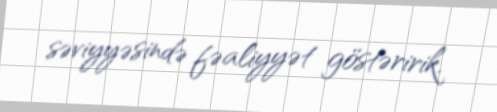
səviyyəsində fəaliyyət göstəririk.